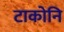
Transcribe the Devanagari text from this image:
टाकोनि